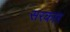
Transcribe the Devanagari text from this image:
सरकाऱ